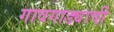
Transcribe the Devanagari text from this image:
गावगाड्याची